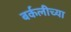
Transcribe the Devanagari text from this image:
बर्कलीच्या